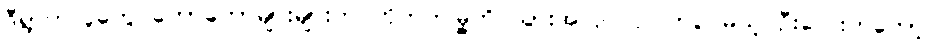
ဒီရွာကလူတွေ တော်တော်များများက ဟိုဘက်မြို့ကို သွားအလုပ်လုပ်ကြပေမယ့် ဦးလေးကတော့